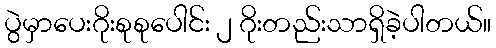
ပွဲမှာပေးဂိုးစုစုပေါင်း ၂ ဂိုးတည်းသာရှိခဲ့ပါတယ်။